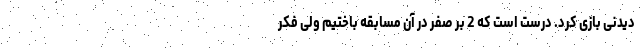
دیدنی بازی کرد. درست است که 2 بر صفر در آن مسابقه باختیم ولی فکر